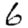
Digit: 6